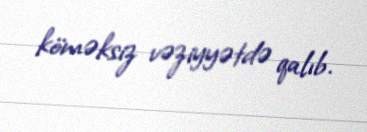
köməksiz vəziyyətdə qalıb.